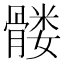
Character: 髅